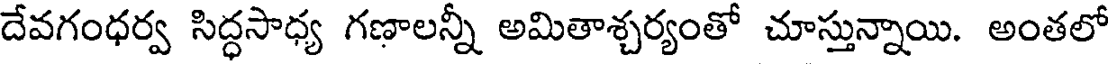
దేవగంధర్వ సిద్ధసాధ్య గణాలన్నీ అమితాశ్చర్యంతో చూస్తున్నాయి. అంతలో